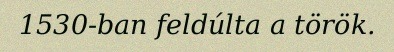
1530-ban feldúlta a török.